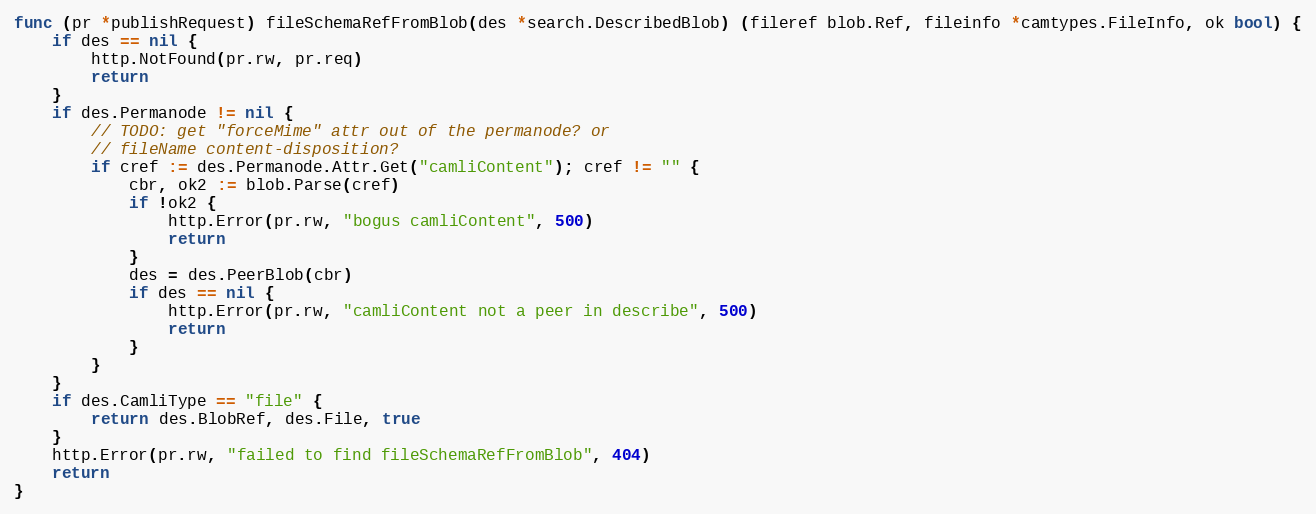
Language: Go
func (pr *publishRequest) fileSchemaRefFromBlob(des *search.DescribedBlob) (fileref blob.Ref, fileinfo *camtypes.FileInfo, ok bool) {
	if des == nil {
		http.NotFound(pr.rw, pr.req)
		return
	}
	if des.Permanode != nil {
		// TODO: get "forceMime" attr out of the permanode? or
		// fileName content-disposition?
		if cref := des.Permanode.Attr.Get("camliContent"); cref != "" {
			cbr, ok2 := blob.Parse(cref)
			if !ok2 {
				http.Error(pr.rw, "bogus camliContent", 500)
				return
			}
			des = des.PeerBlob(cbr)
			if des == nil {
				http.Error(pr.rw, "camliContent not a peer in describe", 500)
				return
			}
		}
	}
	if des.CamliType == "file" {
		return des.BlobRef, des.File, true
	}
	http.Error(pr.rw, "failed to find fileSchemaRefFromBlob", 404)
	return
}